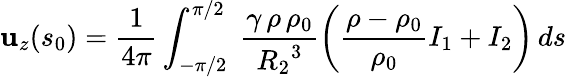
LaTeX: \mathbf{u}_{z}(s_{0})=\frac{{1}}{{4\pi}}\int_{-\pi/2}^{\pi/2}\; \frac{{\gamma\, \rho\, \rho_{0}}}{{{R_{2}}^{3}}}\bigg(\frac{{\rho-\rho_{0}}}{{\rho_{0}}}I_{1}+I_{2}\bigg)\, ds